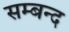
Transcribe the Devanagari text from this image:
सम्बन्द